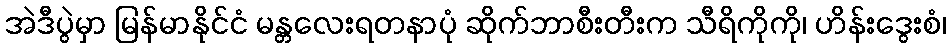
အဲဒီပွဲမှာ မြန်မာနိုင်ငံ မန္တလေးရတနာပုံ ဆိုက်ဘာစီးတီးက သီရိကိုကို၊ ဟိန်းဒွေးစံ၊